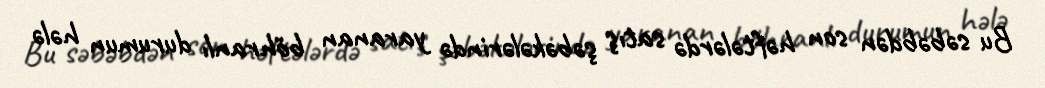
Bu səbəbdən son həftələrdə satış şəbəkələrində yaranan böhranlı durumun hələ